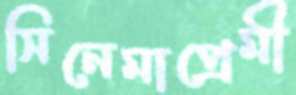
সিনেমাপ্রেমী